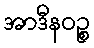
အာဒီနဝဉ္စ